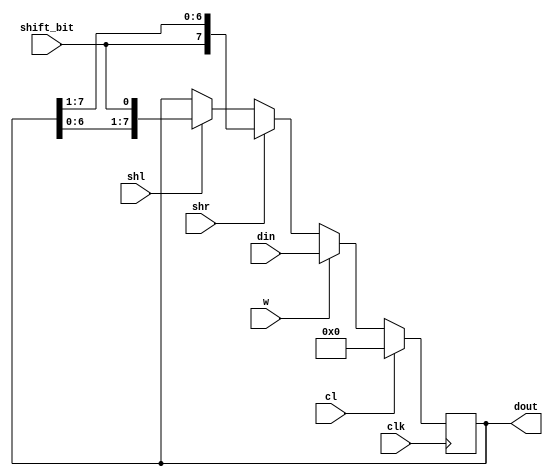
module registro_desp(
 	input clk,
 	input cl,
 	input w,
 	input [WIDTH - 1:0] din,
  input shr,
  input shl,
  input shift_bit,
 	output reg [WIDTH - 1:0] dout
     );

     parameter WIDTH = 8;

  reg r_din[WIDTH-1:0];

 	always @(posedge clk)
 	begin
 		if (cl == 1)
 			dout<=0;
 		else if (w==1)
 			dout<=din;
    else if (shr == 1)
      dout <= {shift_bit,dout[7:1]};
    else if (shl == 1)
      dout <= {dout[6:0],shift_bit};
 		else
 			dout<=dout;
 	end
 endmodule